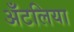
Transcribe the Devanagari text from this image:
अँटलिया